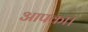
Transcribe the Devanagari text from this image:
आपका।